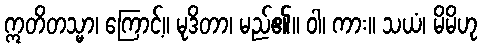
ဣတိတသ္မာ၊ ကြောင့်။ မုဒိတာ၊ မည်၏။ ဝါ၊ ကား။ သယံ၊ မိမိဟု